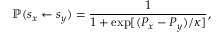
\mathbb { P } ( s _ { x } \leftarrow s _ { y } ) = \frac { 1 } { 1 + \exp [ ( P _ { x } - P _ { y } ) / \kappa ] } ,